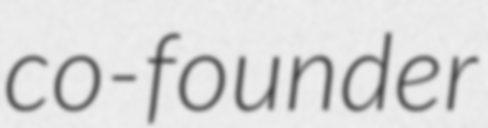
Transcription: co-founder